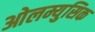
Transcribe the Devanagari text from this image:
ओलम्युसिक